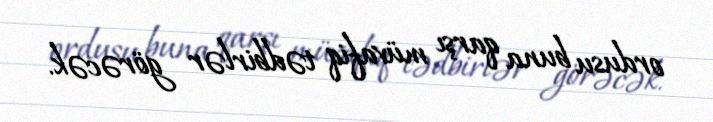
ordusu buna qarşı müvafiq tədbirlər görəcək.